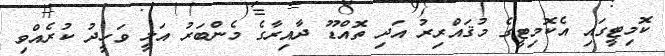
ކޮމިޓީގައި އެކޮމިޓީގެ މުޤައްރިރު އަދި ތޮއްޑޫ ދާއިރާގެ މެންބަރު އަލީ ވަހީދު ކުރެއްވި